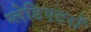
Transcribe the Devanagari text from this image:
ग्लेडिएटरों